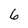
Character: 6